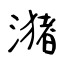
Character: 潴